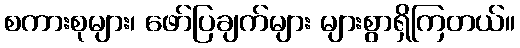
စကားစုများ၊ ဖော်ပြချက်များ များစွာရှိကြတယ်။